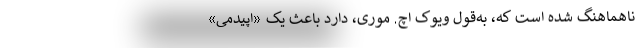
ناهماهنگ شده است که، به‌قول ویوِک اچ. موری، دارد باعث یک «اپیدمی»